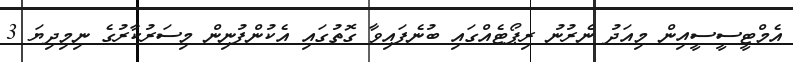
އެމްޓީސީސީއިން މިއަދު ނެރުނު ރިޕޯޓެއްގައި ބުނެފައިވާ ގޮތުގައި އެކުންފުނިން މިސަރުކާރުގެ ނިމިދިޔަ 3